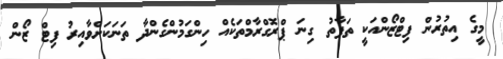
މީގެ އިތުރުން ފިޓްޒޯންއަކީ ތަފާތު ގިނަ ޕްރޮގްރާމްތަކެއް ހިންގަމުންގެންދާ ތަނަކަށްވާއިރު ފިޓް ޒޯން